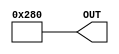
/*
 * Copyright (c) 2001 Stephen Williams (steve@icarus.com)
 *
 *    This source code is free software; you can redistribute it
 *    and/or modify it in source code form under the terms of the GNU
 *    General Public License as published by the Free Software
 *    Foundation; either version 2 of the License, or (at your option)
 *    any later version.
 *
 *    This program is distributed in the hope that it will be useful,
 *    but WITHOUT ANY WARRANTY; without even the implied warranty of
 *    MERCHANTABILITY or FITNESS FOR A PARTICULAR PURPOSE.  See the
 *    GNU General Public License for more details.
 *
 *    You should have received a copy of the GNU General Public License
 *    along with this program; if not, write to the Free Software
 *    Foundation, Inc., 59 Temple Place - Suite 330, Boston, MA 02111-1307, USA
 */


`timescale  1ns /  1ns

module U1 (OUT);

   parameter VALUE = -384;

   output [9:0] OUT;

   assign 	OUT = VALUE;

endmodule

module U2 (OUT);

   parameter VALUE = 96;

   output [9:0] OUT;

   assign 	OUT = VALUE;

endmodule

module main;
   wire [9:0] out1, out2;

   U1 u1 (out1);
   U2 u2 (out2);

   initial #1 begin
      if (out1 !== 10'h280) begin
	 $display("FAILED -- out1 = %b", out1);
	 $finish;
      end

      if (out2 !== 10'h060) begin
	 $display("FAILED -- out2 = %b", out2);
	 $finish;
      end

      $display("PASSED");
   end // initial #1
endmodule // main